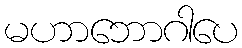
မဟာဘောဂါပေ